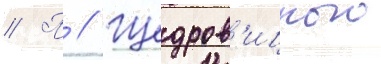
// П // Щедров'ицкого